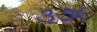
૩૭૯